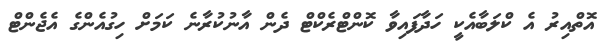
އޮތްއިރު އެ ކްލަބާއެކީ ހަދާފައިވާ ކޮންޓްރެކްޓް ދެން އާނުކުރާނެ ކަމަށް ހިގުއެންގެ އެޖެންޓް